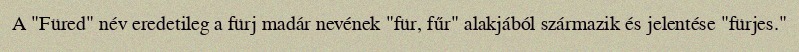
A "Füred" név eredetileg a fürj madár nevének "für, fűr" alakjából származik és jelentése "fürjes."